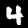
Digit: 4